Source: Handwritten
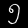
Digit: ၅ (5)